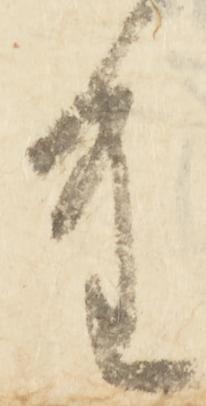
重